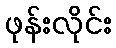
ဖုန်းလိုင်း